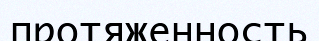
протяженность